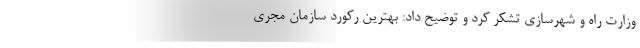
وزارت راه و شهرسازی تشکر کرد و توضیح داد: بهترین رکورد سازمان مجری